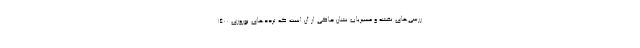
ررسی‌های نقشه و مسیریاب نشان حاکی از آن است که ترددهای نوروزی ۱۴۰۰